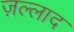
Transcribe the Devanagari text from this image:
ज़ल्लाद